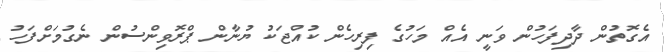
އެގޮތުން ދާދިފަހުން ވަނީ އެއް މަހުގެ ފިރިހެން ކުއްޖަކު ޔުނާން ޕްރޮވިންސުން ނެގުމަށްފަހު